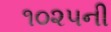
૧૦૨૫ની